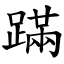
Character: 蹣